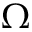
\Omega